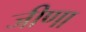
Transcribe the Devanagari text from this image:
जीणा